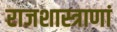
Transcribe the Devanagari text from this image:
राजशास्त्राणां